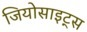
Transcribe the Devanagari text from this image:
जियोसाइट्स